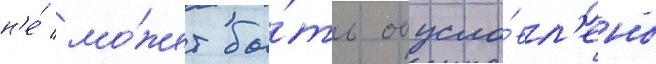
н'е́ мо́жет бы́ть обусло́вл'ено